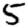
Digit: 5